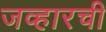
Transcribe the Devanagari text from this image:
जव्हारची